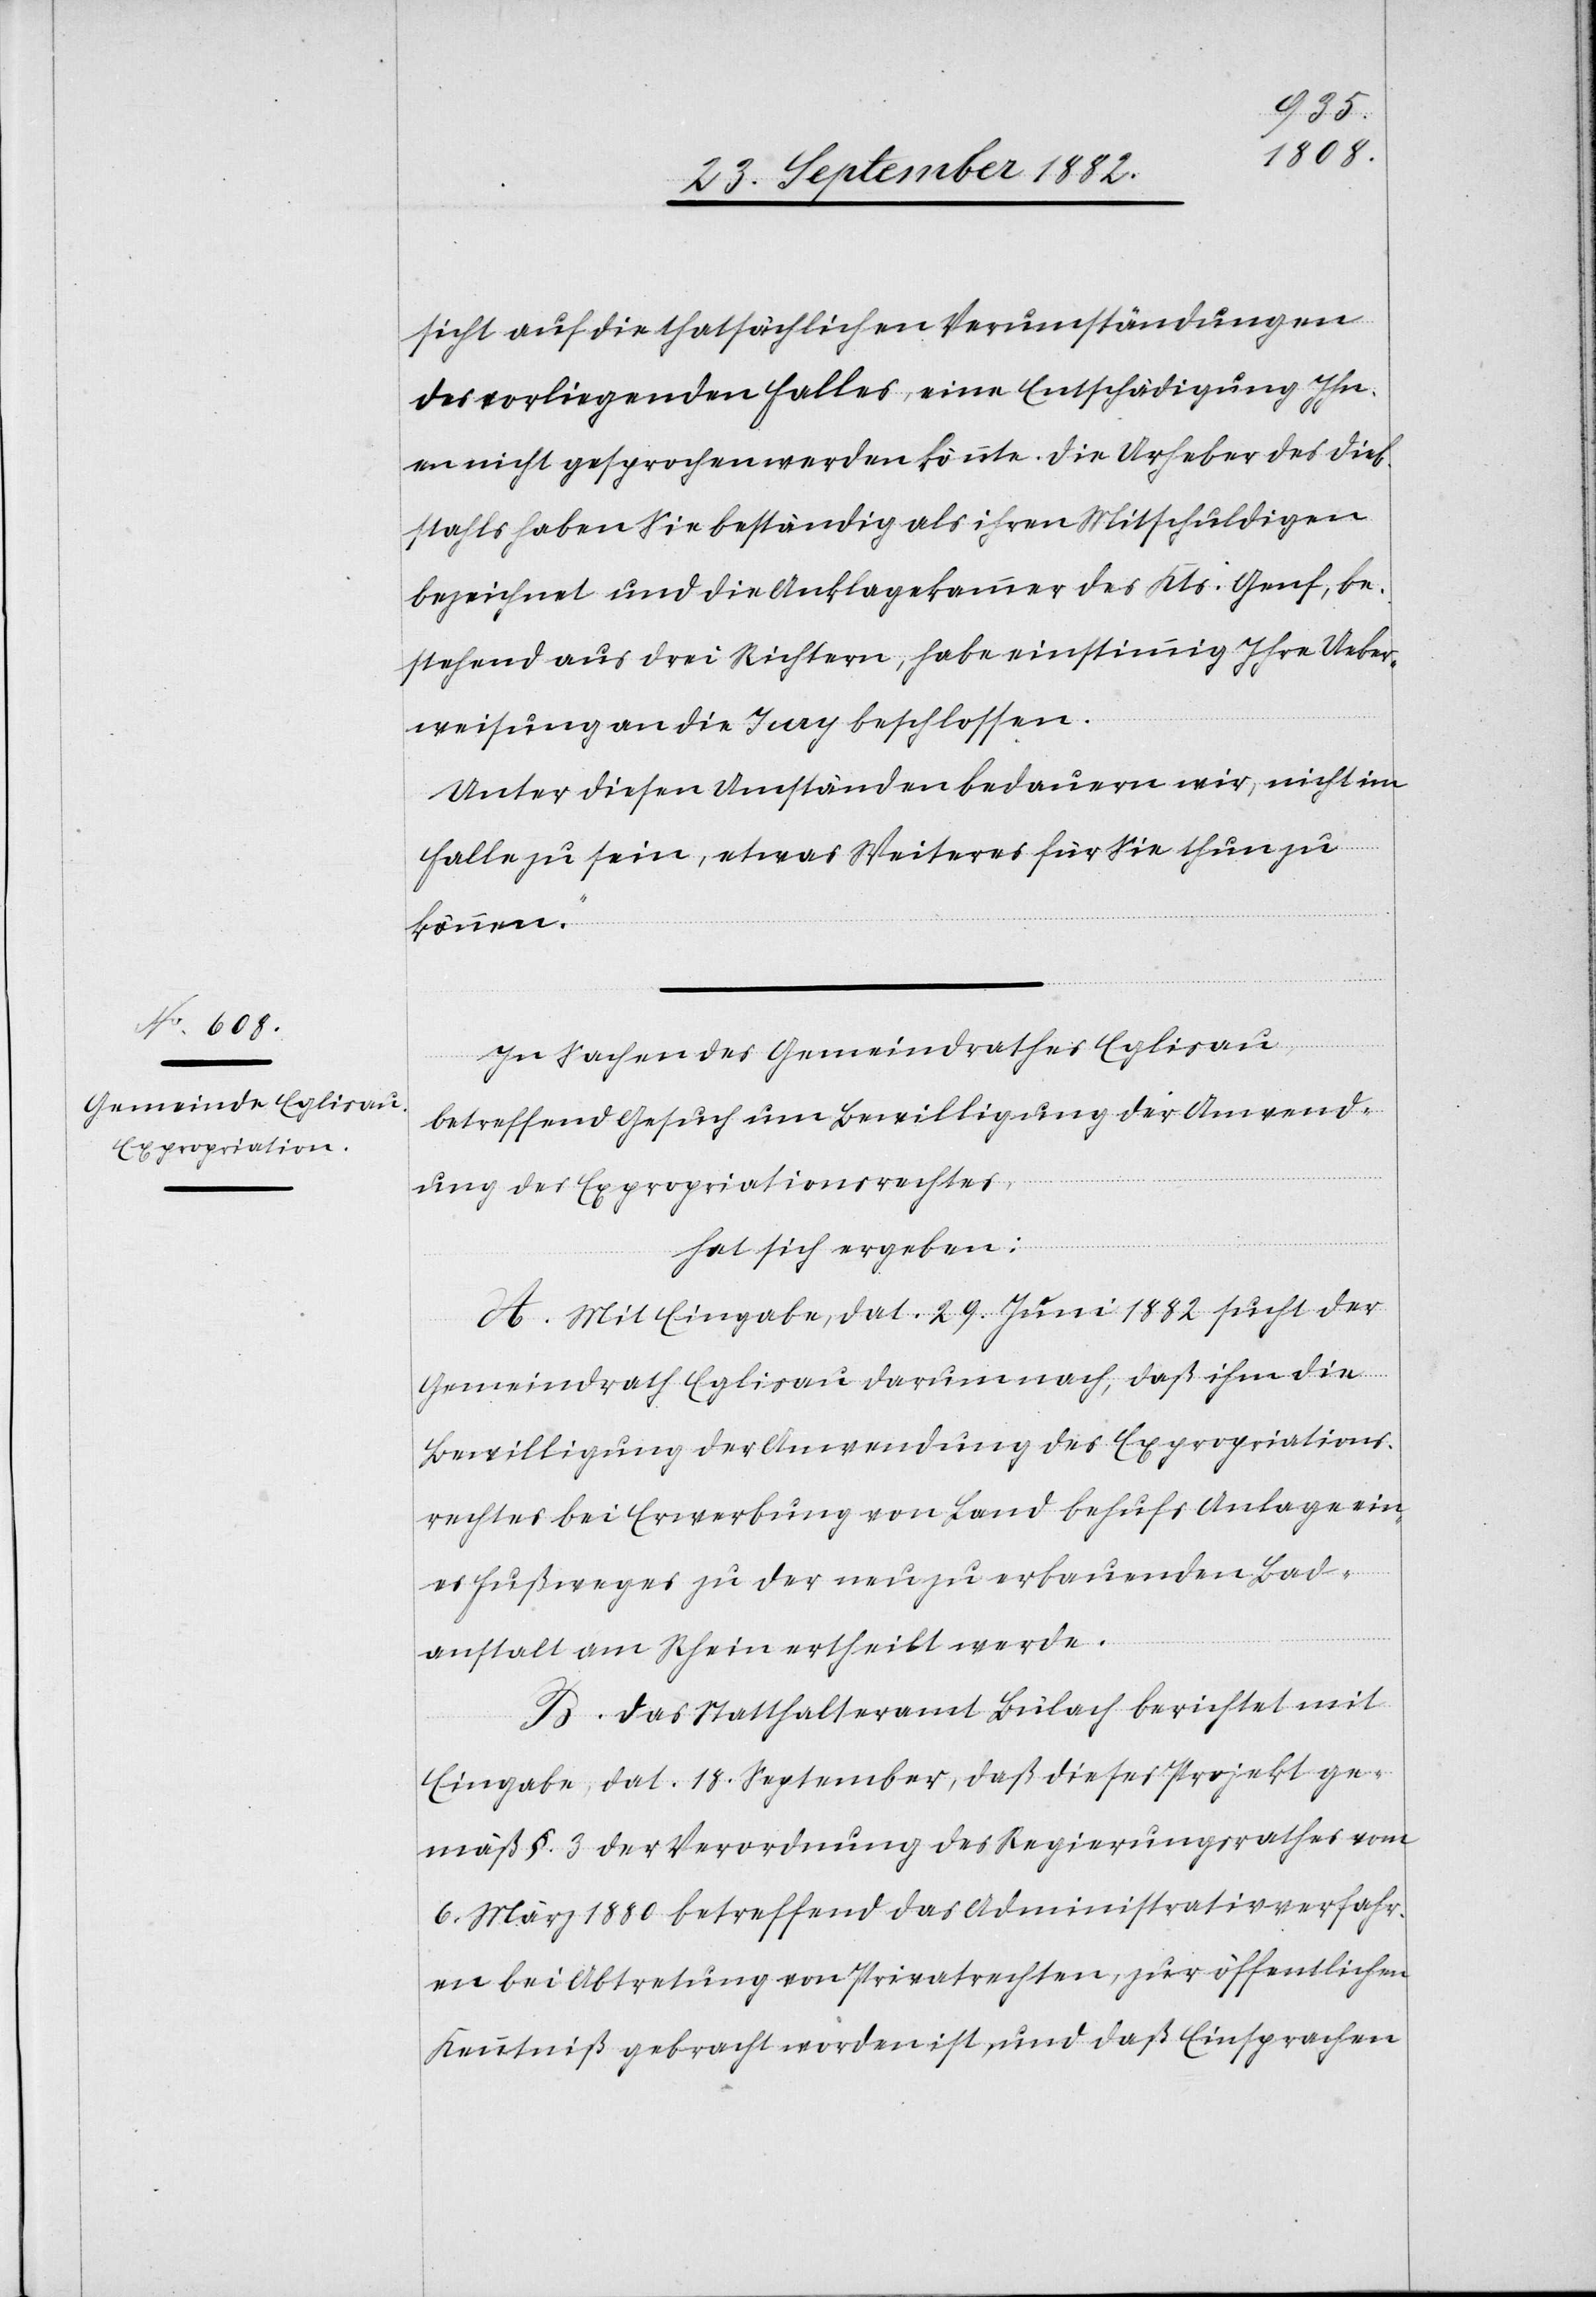
sicht auf die thatsächlichen Verumständungen
des vorliegenden Falles, eine Entschädigung Ihn¬
en nicht gesprochen werden könnte. Die Urheber des Dieb¬
stahls haben Sie beständig als ihren Mitschuldigen
bezeichnet [sic!] und die Anklagekammer des Kts. Genf, be¬
stehend aus drei Richtern, habe einstimmig Ihre Ueber¬
weisung an die Jury beschlossen.
Unter diesen Umständen bedauern wir, nicht im
Falle zu sein, etwas Weiteres für Sie thun zu
können.“
In Sachen des Gemeindrathes Eglisau,
betreffend Gesuch um Bewilligung der Anwend¬
ung des Expropriationsrechtes,
hat sich ergeben:
A. Mit Eingabe, dat. 29. Juni 1882 sucht der
Gemeindrath Eglisau darum nach, daß ihm die
Bewilligung der Anwendung des Expropriations¬
rechtes bei Erwerbung von Land behufs Anlage ein¬
es Fußweges zu der neu zu erbauenden Bad¬
anstalt am Rhein ertheilt werde.
B. Das Statthalteramt Bülach berichtet mit
Eingabe, dat. 18. September, daß dieses Projekt ge¬
mäß §. 3 der Verordnung des Regierungsrathes vom
6. März 1880 betreffend das Administrativverfahr¬
en bei Abtretung von Privatrechten, zur öffentlichen
Kenntniß gebracht worden, und daß Einsprachen